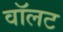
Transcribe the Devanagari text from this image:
वॉलट